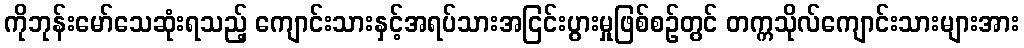
ကိုဘုန်းမော်သေဆုံးရသည့် ကျောင်းသားနှင့်အရပ်သားအငြင်းပွားမှုဖြစ်စဉ်တွင် တက္ကသိုလ်ကျောင်းသားများအား